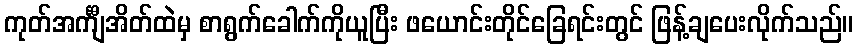
ကုတ်အင်္ကျီအိတ်ထဲမှ စာရွက်ခေါက်ကိုယူပြီး ဖယောင်းတိုင်ခြေရင်းတွင် ဖြန့်ချပေးလိုက်သည်။